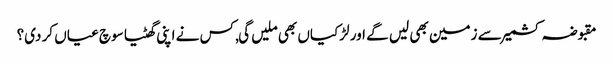
مقبوضہ کشمیر سے زمین بھی لیں گے اور لڑکیاں بھی ملیں گی, کس نے اپنی گھٹیا سوچ عیاں کر دی؟